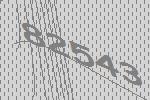
82543